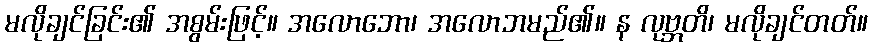
မလိုချင်ခြင်း၏ အစွမ်းဖြင့်။ အလောဘော၊ အလောဘမည်၏။ န လုဗ္ဘတိ၊ မလိုချင်တတ်။